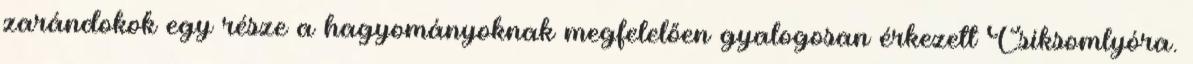
zarándokok egy része a hagyományoknak megfelelően gyalogosan érkezett Csíksomlyóra.